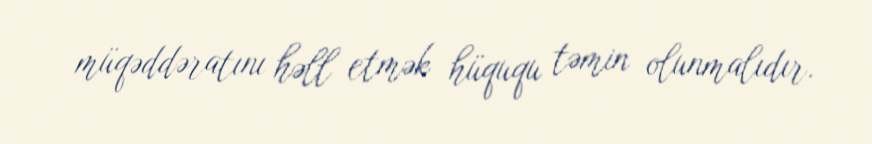
müqəddəratını həll etmək hüququ təmin olunmalıdır.